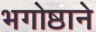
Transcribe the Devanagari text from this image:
भगोष्ठाने